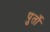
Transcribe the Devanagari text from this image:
पुर्तो